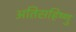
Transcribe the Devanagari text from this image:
अतिसहिष्णु